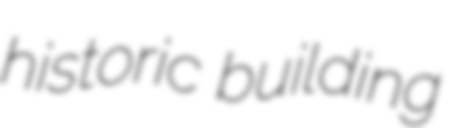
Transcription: historic building